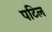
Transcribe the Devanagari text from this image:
पटिल